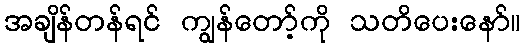
အချိန်တန်ရင် ကျွန်တော့်ကို သတိပေးနော်။